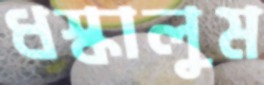
ধস্‌কালুম